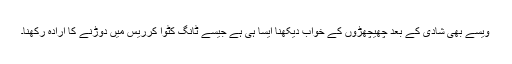
ویسے بھی شادی کے بعد چھیچھڑوں کے خواب دیکھنا ایسا ہی ہے جیسے ٹانگ کٹوا کرریس میں دوڑنے کا ارادہ رکھنا۔